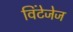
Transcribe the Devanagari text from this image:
विंटेजेज